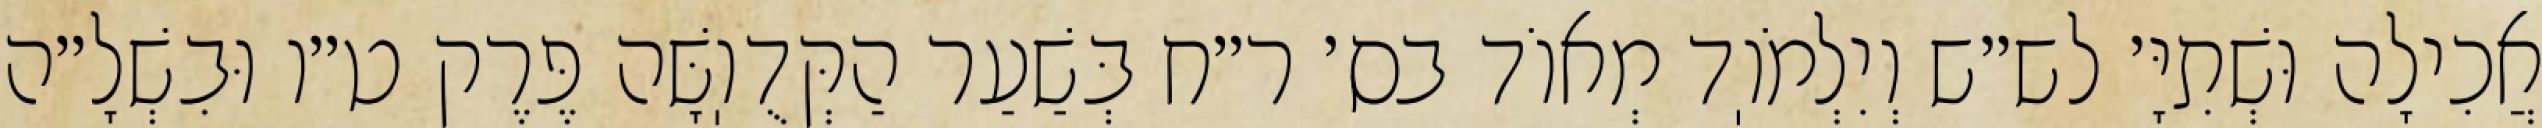
אֲכִילָה וּשְׁתִיָּ׳ לש״ש וְיִלְמֹוֽד מְאוֹד בס׳ ר״ח בְּשַׁעַר הַקְּדֻוֽשָּׁה פֶּרֶק ט״ו וּבִשְׁלָ״ה